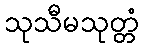
သုသီမသုတ္တံ